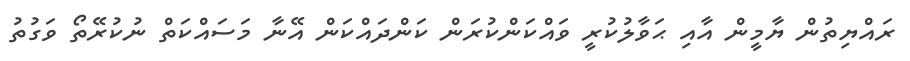
ރައްޔިތުން ޔާމީން އާއި ޙަވާލުކުރީ ވައްކަންކުރަން ކަންދައްކަން އޭނާ މަސައްކަތް ނުކުރޭތޯ ވަގުތު